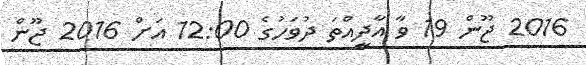
2016 ޖޫން 19 ވާ އާދީއްތަ ދުވަހުގެ 12:00 އަށް 2016 ޖޫން